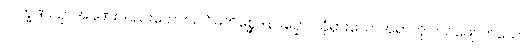
လက္ခဏပဉှာအခဏ်းလည်းကောင်း။ ဝိမတိစ္ဆေဒနပဉှော၊ ယုံမှားသောအရာကို ပယ်ဖျောက်သော